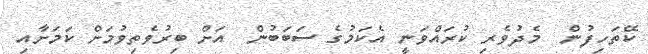
ކޭތަހިފުން  މެދުވެރި ކުރައްވަނީ އެކަމުގެ ސަބަބުން  އަށް ބިރުވެތިވުމަށް ކަމަށާއި